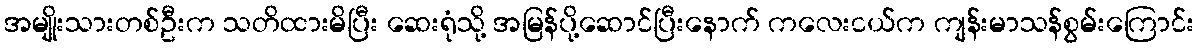
အမျိုးသားတစ်ဦးက သတိထားမိပြီး ဆေးရုံသို့ အမြန်ပို့ဆောင်ပြီးနောက် ကလေးငယ်က ကျန်းမာသန်စွမ်းကြောင်း